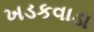
ખડકવાડા